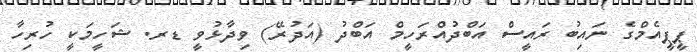
ޕީޕީއެމްގެ ނައިބު ރައީސް އަބްދުއްރަހީމް އަބްދު (އަދުރޭ) ވިދާޅުވީ ޑރ. ޝަހީމަކީ ހުރިހާ